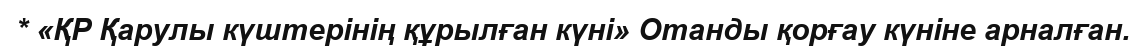
* «ҚР Қарулы күштерінің құрылған күні» Отанды қорғау күніне арналған.